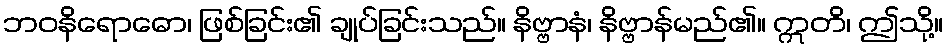
ဘဝနိရောဓော၊ ဖြစ်ခြင်း၏ ချုပ်ခြင်းသည်။ နိဗ္ဗာနံ၊ နိဗ္ဗာန်မည်၏။ ဣတိ၊ ဤသို့။